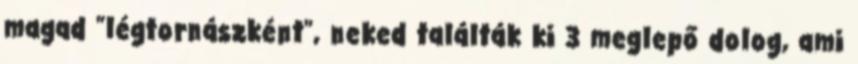
magad "légtornászként", neked találták ki 3 meglepő dolog, ami